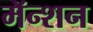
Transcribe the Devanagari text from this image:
मॅन्शन